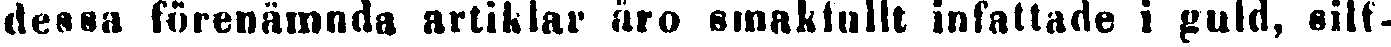
dessa förenämnda artiklar äro smakfullt infattade i guld, silf-